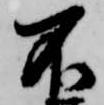
不